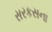
સરકસના